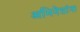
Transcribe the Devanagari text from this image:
अभिनेतांना